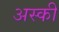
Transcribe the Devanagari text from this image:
अस्की